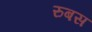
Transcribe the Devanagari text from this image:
रुबस